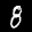
Label: 8